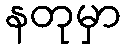
နတုမှာ